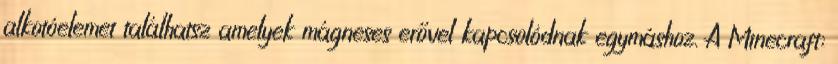
alkotóelemet találhatsz amelyek mágneses erővel kapcsolódnak egymáshoz. A Minecraft: